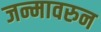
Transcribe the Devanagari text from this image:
जन्मावरुन